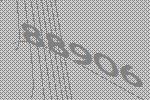
88906